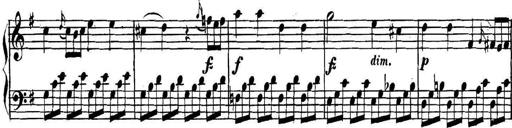
Title: Collected Piano Sonatas
Composer: Muzio Clementi